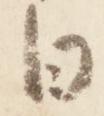
日